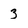
Character: 3